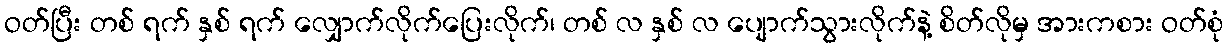
ဝတ်ပြီး တစ် ရက် နှစ် ရက် လျှောက်လိုက်ပြေးလိုက်၊ တစ် လ နှစ် လ ပျောက်သွားလိုက်နဲ့ စိတ်လိုမှ အားကစား ဝတ်စုံ